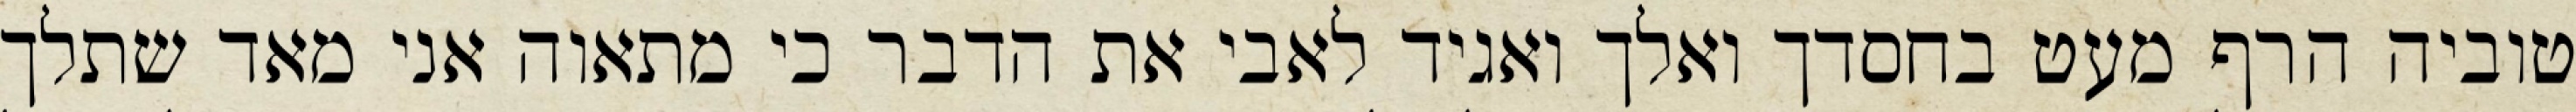
טוביה הרף מעט בחסדך ואלך ואגיד לאבי את הדבר כי מתאוה אני מאד שתלך